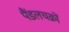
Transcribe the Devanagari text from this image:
पैंडलचक्रों